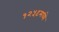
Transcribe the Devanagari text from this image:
१२५९मध्ये